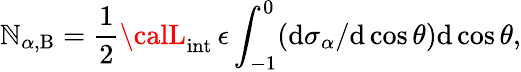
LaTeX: \mathbb{N}_{\alpha,\mathrm{{B}}}=\frac{{1}}{{2}}{\calL}_{\mathrm{{int}}}\, \epsilon\int_{-1}^{0}(\mathrm{{d}}\sigma_{\alpha}/\mathrm{{d}}\cos\theta)\mathrm{{d}}\cos\theta,